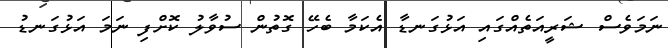
ނަމަވެސް ޝަރީއަތެއްގައި އަޅުގަނޑާ އެކަމާ ބެހޭ ގޮތުން ސުވާލު ކޮށްފި ނަމަ އަޅުގަނޑު